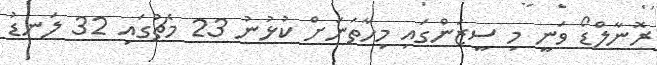
ރޮނާލްޑޯ ވަނީ މި ސީޒަންގައި މިހާތަނަށް ކުޅުނު 23 މެޗުގައި 32 ލަނޑު